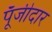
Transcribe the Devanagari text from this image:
पूँजीदार